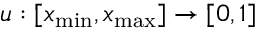
u : [ x _ { \mathrm { m i n } } , x _ { \mathrm { m a x } } ] \to [ 0 , 1 ]